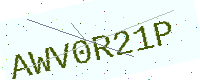
Text: AWV0R21P